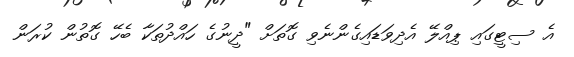
އެ ސިޓީގައި ޕިއްލޭ އެދިވަޑައިގެންނެވި ގޮތަށް "ދީނުގެ ހައްދުތަކާ ބެހޭ ގޮތުން ކުރަން